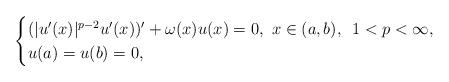
LaTeX: \begin{align*} \begin{cases} (|u'(x)|^{p-2}u'(x))'+\omega(x)u(x)=0,\,\,x\in(a,b),\,\,\,1<p<\infty,\\ u(a)=u(b)=0, \end{cases}\end{align*}